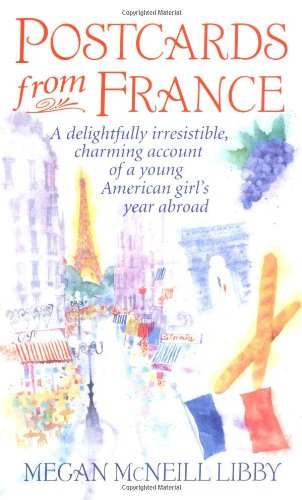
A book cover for Postcards from France; Megan McNeill Libby; Teen & Young Adult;